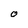
Character: O